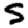
Digit: 5